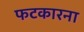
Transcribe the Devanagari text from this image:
फटकारना